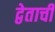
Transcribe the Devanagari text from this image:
द्वेताची